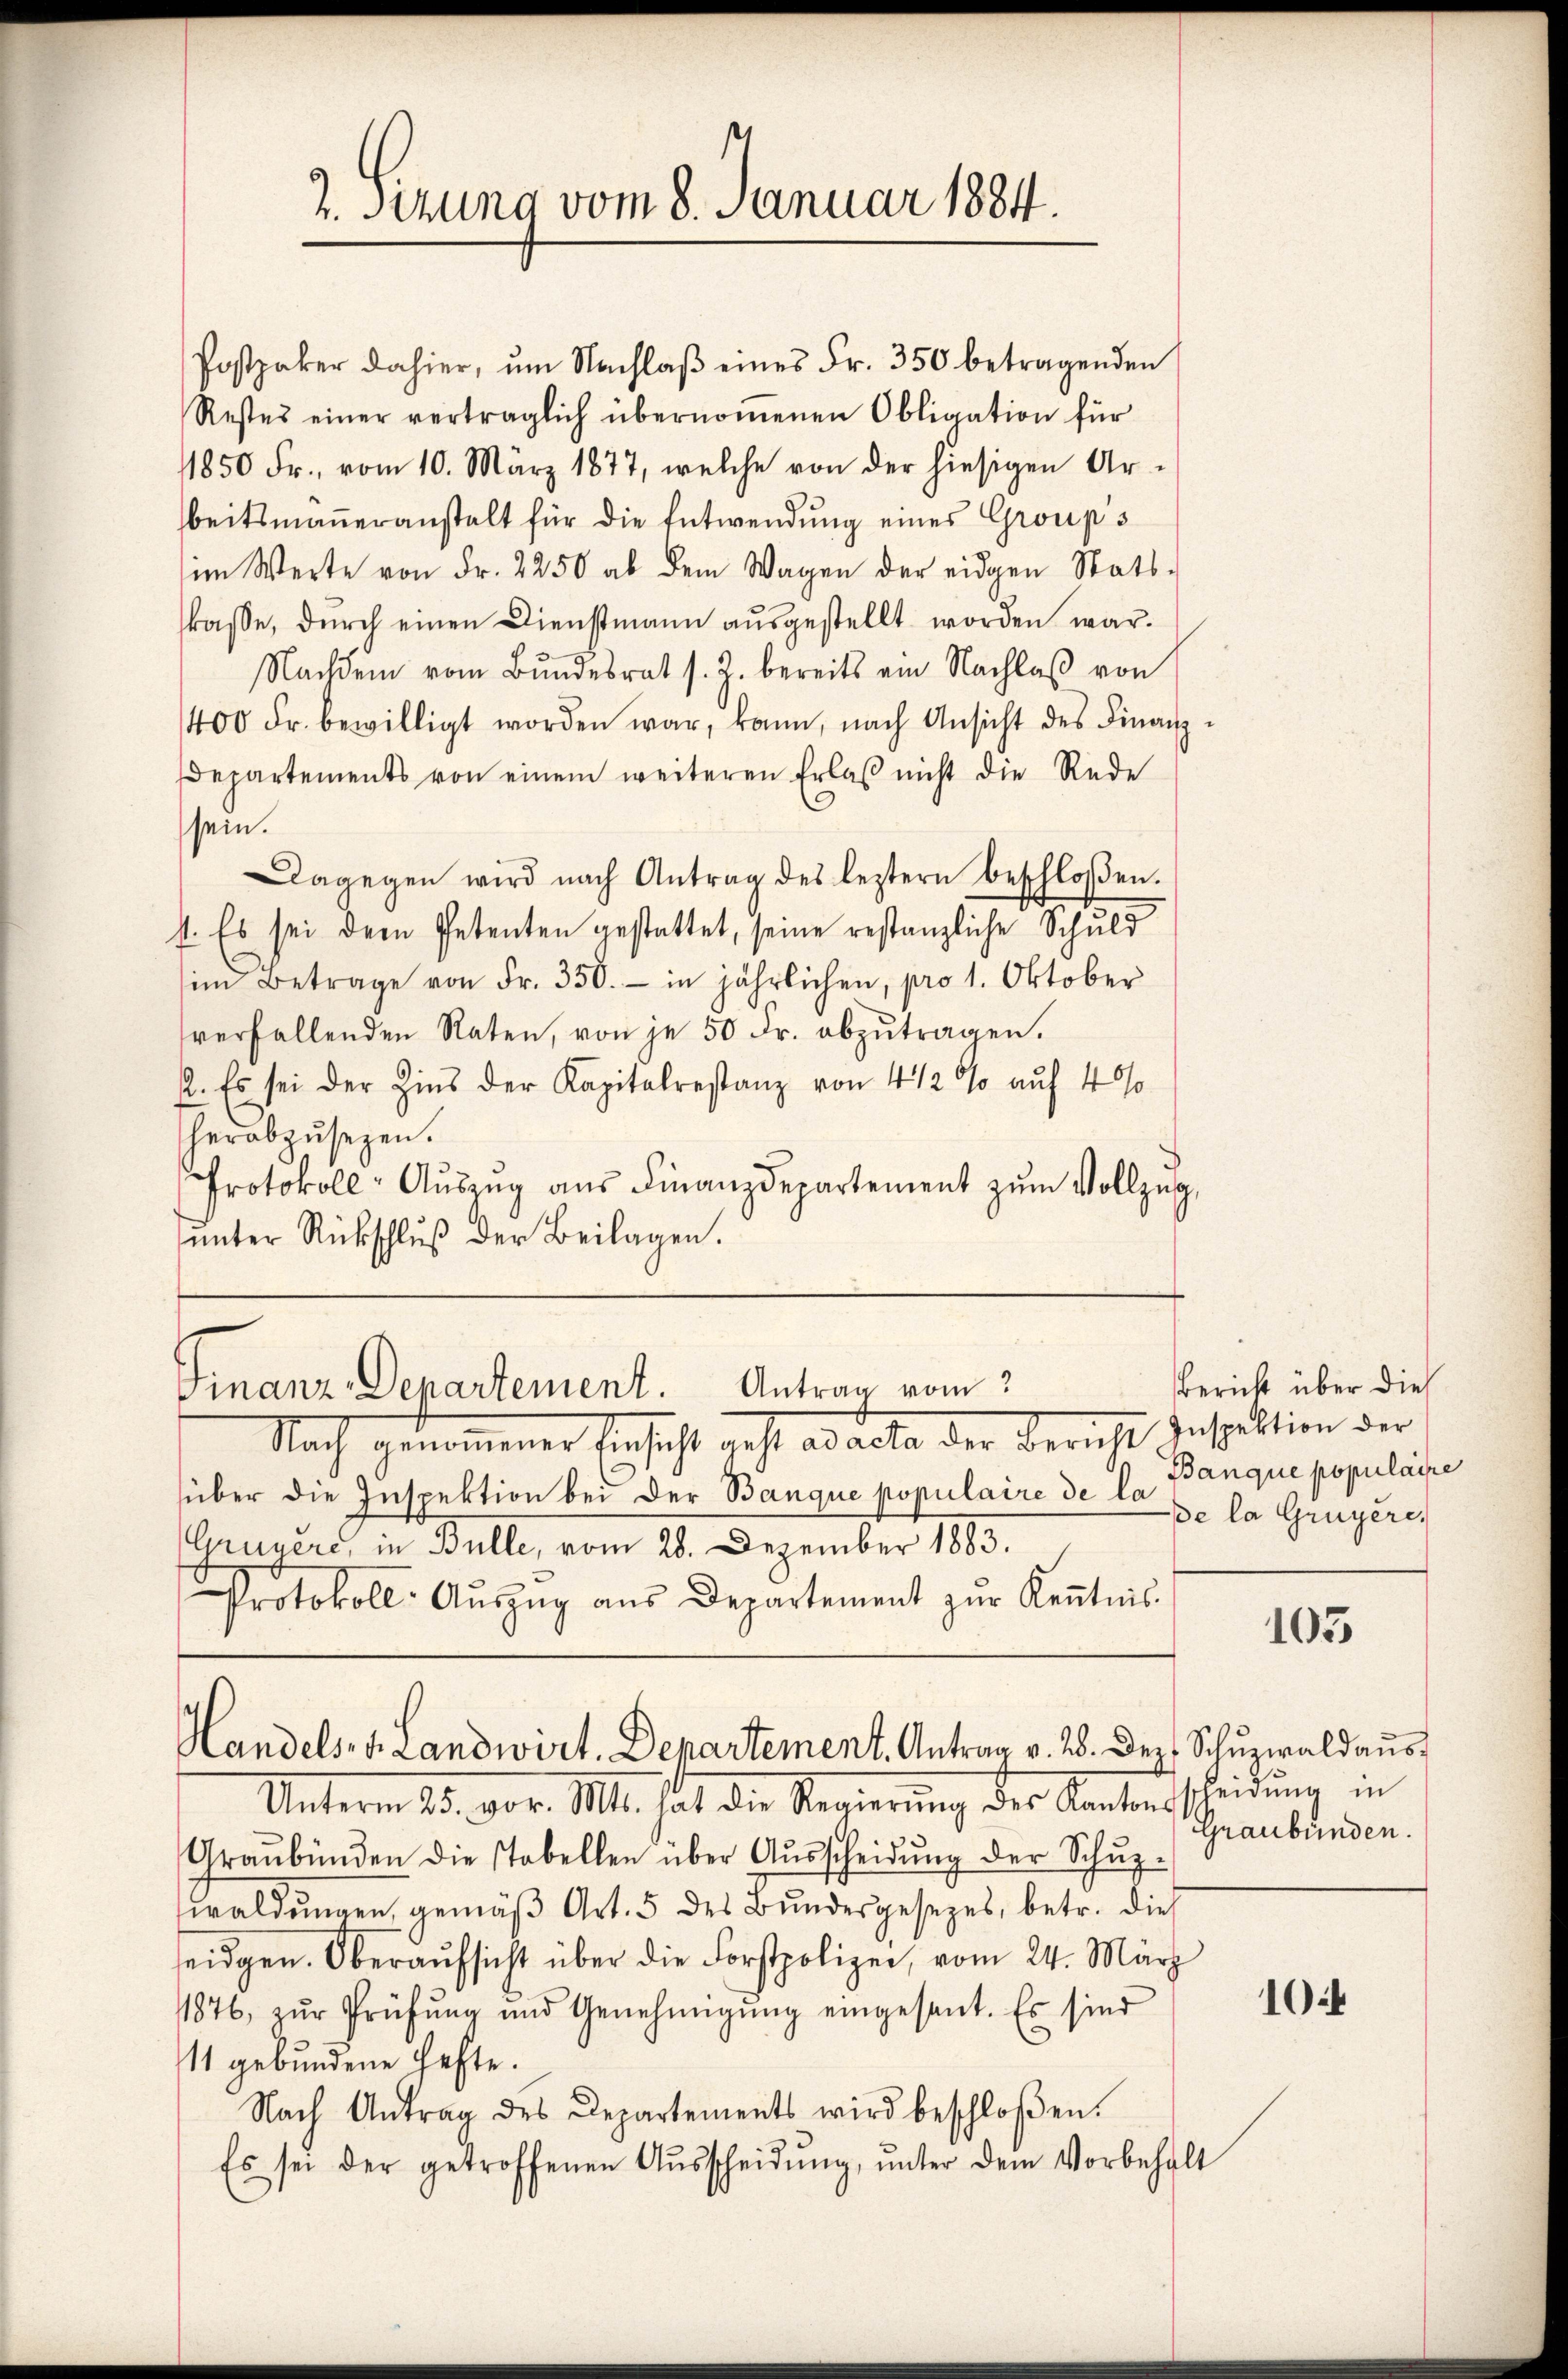
2. Sezung vom 8. Januar 1884.

Postpaker dahier, ŭm Nachlaβ eines Fr. 350 betragenden
Restes einer verträglich übernommenen Obligation für
11850 Fr. vom 10. März 1877, welche von der hiesigen Ar-
beitsmaṅeranstalt für die Entwendung eines Group's
im Werte von Fr. 2250 ab dem Wagen der eidgen Statt-
skasse, durch einen Dienstmann ausgestellt worden war.
Nachdem vom Bundesrat s. Z. bereits am Nachlaß von
400 Fr. bewilligt worden war, kann, nach Ansicht des Finanz-
departements von einem weiteren Erlaβ nicht die Rede
sein.
Dagegen wird nach Antrag des leztern beschloßen.
1. Es sei dem Petenten gestattet, seine restanzliche Schuld
im Betrage von Fr. 350.- in jährlichen, pro 1. Oktober
verfallenden Raten, von je 50 Fr. abzŭtragen.
2. Es sei der Zins der Kapitalrestanz von 4 1/2 % auf 40%
herabzusetzen.
Protokoll- Aŭszŭg aŭs Finanzdepartement zŭm Vollzug,
ŭnter Rückschlŭβ der Beilagen.

Antrag vom
Finanz-Departement.

Nach genommener Einscht geht ad acta der Bericht Inspektion der
über die Inspektion bei der Banque populaire de la Banque populaire
Gruners, in Bulle, vom 28. Dezember 1883.
Protokoll-Aŭszŭg aŭs Departement zŭr Kenntnis
Unterm 25. vor. Mt. hat die Regierung des Kantonsscheidung in
Graubünden die stabellen über Aŭsscheidŭng der Schŭp-
waldŭngen gemäβ Art. 5 des Bŭndesgesetzes, betr. dies
seidgen. Oberaŭfsicht über die Forstpolizei, vom 24. März
1876, zŭr Prüfŭng und Genehmigŭng eingesant. Es sind
11 gebundene Hefte.
Nach Antrag des Departements wird beschloßen.
Es sei der getroffenen Aŭsscheidŭng ŭnter dem Vorbehalt

Handels, v. Landwirt. Departement. Antrag v. 28. Dez. Schŭzwaldaus

Bericht über dies
De la Gruyère,

105

Graubünden.

10